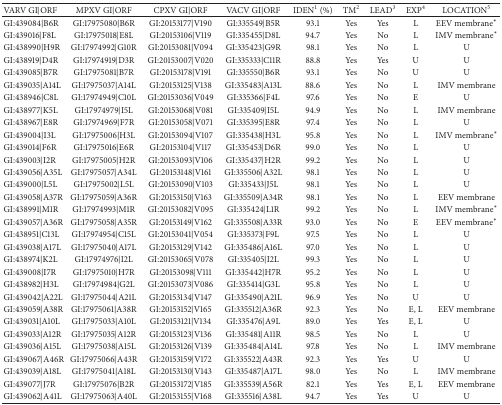
<table><thead><tr><td><b>VARV GI|ORF</b></td><td><b>MPXV GI|ORF</b></td><td><b>CPXV GI|ORF</b></td><td><b>VACV GI|ORF</b></td><td><b>IDEN<sup>1</sup> (%)</b></td><td><b>TM<sup>2</sup></b></td><td><b>LEAD<sup>3</sup></b></td><td><b>EXP<sup>4</sup></b></td><td><b>LOCATION<sup>5</sup></b></td></tr></thead><tbody><tr><td>GI:439084|B6R</td><td>GI:17975080|B6R</td><td>GI:20153177|V190</td><td>GI:335549|B5R</td><td>93.1</td><td>Yes</td><td>Yes</td><td>L</td><td>EEV membrane<sup><i>∗</i></sup></td></tr><tr><td>GI:439016|F8L</td><td>GI:17975018|E8L</td><td>GI:20153106|V119</td><td>GI:335455|D8L</td><td>94.7</td><td>Yes</td><td>No</td><td>L</td><td>IMV membrane<sup><i>∗</i></sup></td></tr><tr><td>GI:438990|H9R</td><td>GI:17974992|G10R</td><td>GI:20153081|V094</td><td>GI:335423|G9R</td><td>98.1</td><td>Yes</td><td>No</td><td>L</td><td>U</td></tr><tr><td>GI:438919|D4R</td><td>GI:17974919|D3R</td><td>GI:20153007|V020</td><td>GI:335333|C11R</td><td>88.8</td><td>Yes</td><td>Yes</td><td>U</td><td>U</td></tr><tr><td>GI:439085|B7R</td><td>GI:17975081|B7R</td><td>GI:20153178|V191</td><td>GI:335550|B6R</td><td>93.1</td><td>Yes</td><td>No</td><td>U</td><td>U</td></tr><tr><td>GI:439035|A14L</td><td>GI:17975037|A14L</td><td>GI:20153125|V138</td><td>GI:335483|A13L</td><td>88.6</td><td>Yes</td><td>No</td><td>L</td><td>IMV membrane</td></tr><tr><td>GI:438946|C8L</td><td>GI:17974949|C10L</td><td>GI:20153036|V049</td><td>GI:335366|F4L</td><td>97.6</td><td>Yes</td><td>No</td><td>E</td><td>U</td></tr><tr><td>GI:438977|K5L</td><td>GI:17974979|I5L</td><td>GI:20153068|V081</td><td>GI:335409|I5L</td><td>94.9</td><td>Yes</td><td>No</td><td>L</td><td>IMV membrane</td></tr><tr><td>GI:438967|E8R</td><td>GI:17974969|F7R</td><td>GI:20153058|V071</td><td>GI:335395|E8R</td><td>97.4</td><td>Yes</td><td>No</td><td>L</td><td>U</td></tr><tr><td>GI:439004|I3L</td><td>GI:17975006|H3L</td><td>GI:20153094|V107</td><td>GI:335438|H3L</td><td>95.8</td><td>Yes</td><td>No</td><td>L</td><td>IMV membrane<sup><i>∗</i></sup></td></tr><tr><td>GI:439014|F6R</td><td>GI:17975016|E6R</td><td>GI:20153104|V117</td><td>GI:335453|D6R</td><td>99.0</td><td>Yes</td><td>No</td><td>L</td><td>U</td></tr><tr><td>GI:439003|I2R</td><td>GI:17975005|H2R</td><td>GI:20153093|V106</td><td>GI:335437|H2R</td><td>99.2</td><td>Yes</td><td>No</td><td>L</td><td>U</td></tr><tr><td>GI:439056|A35L</td><td>GI:17975057|A34L</td><td>GI:20153148|V161</td><td>GI:335506|A32L</td><td>98.1</td><td>Yes</td><td>No</td><td>L</td><td>U</td></tr><tr><td>GI:439000|L5L</td><td>GI:17975002|L5L</td><td>GI:20153090|V103</td><td>GI:335433|J5L</td><td>98.1</td><td>Yes</td><td>No</td><td>L</td><td>U</td></tr><tr><td>GI:439058|A37R</td><td>GI:17975059|A36R</td><td>GI:20153150|V163</td><td>GI:335509|A34R</td><td>98.1</td><td>Yes</td><td>No</td><td>L</td><td>EEV membrane</td></tr><tr><td>GI:438991|M1R</td><td>GI:17974993|M1R</td><td>GI:20153082|V095</td><td>GI:335424|L1R</td><td>99.2</td><td>Yes</td><td>No</td><td>L</td><td>IMV membrane<sup><i>∗</i></sup></td></tr><tr><td>GI:439057|A36R</td><td>GI:17975058|A35R</td><td>GI:20153149|V162</td><td>GI:335508|A33R</td><td>93.0</td><td>Yes</td><td>No</td><td>E</td><td>EEV membrane<sup><i>∗</i></sup></td></tr><tr><td>GI:438951|C13L</td><td>GI:17974954|C15L</td><td>GI:20153041|V054</td><td>GI:335373|F9L</td><td>97.5</td><td>Yes</td><td>No</td><td>L</td><td>U</td></tr><tr><td>GI:439038|A17L</td><td>GI:17975040|A17L</td><td>GI:20153129|V142</td><td>GI:335486|A16L</td><td>97.0</td><td>Yes</td><td>No</td><td>L</td><td>U</td></tr><tr><td>GI:438974|K2L</td><td>GI:17974976|I2L</td><td>GI:20153065|V078</td><td>GI:335405|I2L</td><td>99.3</td><td>Yes</td><td>No</td><td>L</td><td>U</td></tr><tr><td>GI:439008|I7R</td><td>GI:17975010|H7R</td><td>GI:20153098|V111</td><td>GI:335442|H7R</td><td>95.2</td><td>Yes</td><td>No</td><td>L</td><td>U</td></tr><tr><td>GI:438982|H3L</td><td>GI:17974984|G2L</td><td>GI:20153073|V086</td><td>GI:335414|G3L</td><td>95.8</td><td>Yes</td><td>No</td><td>L</td><td>U</td></tr><tr><td>GI:439042|A22L</td><td>GI:17975044|A21L</td><td>GI:20153134|V147</td><td>GI:335490|A21L</td><td>96.9</td><td>Yes</td><td>No</td><td>U</td><td>U</td></tr><tr><td>GI:439059|A38R</td><td>GI:17975061|A38R</td><td>GI:20153152|V165</td><td>GI:335512|A36R</td><td>92.3</td><td>Yes</td><td>No</td><td>E, L</td><td>EEV membrane</td></tr><tr><td>GI:439031|A10L</td><td>GI:17975033|A10L</td><td>GI:20153121|V134</td><td>GI:335476|A9L</td><td>89.0</td><td>Yes</td><td>Yes</td><td>E, L</td><td>U</td></tr><tr><td>GI:439033|A12R</td><td>GI:17975035|A12R</td><td>GI:20153123|V136</td><td>GI:335481|A11R</td><td>98.5</td><td>Yes</td><td>No</td><td>L</td><td>U</td></tr><tr><td>GI:439036|A15L</td><td>GI:17975038|A15L</td><td>GI:20153126|V139</td><td>GI:335484|A14L</td><td>97.8</td><td>Yes</td><td>No</td><td>L</td><td>IMV membrane</td></tr><tr><td>GI:439067|A46R</td><td>GI:17975066|A43R</td><td>GI:20153159|V172</td><td>GI:335522|A43R</td><td>92.3</td><td>Yes</td><td>Yes</td><td>U</td><td>U</td></tr><tr><td>GI:439039|A18L</td><td>GI:17975041|A18L</td><td>GI:20153130|V143</td><td>GI:335487|A17L</td><td>98.0</td><td>Yes</td><td>No</td><td>L</td><td>IMV membrane </td></tr><tr><td>GI:439077|J7R</td><td>GI:17975076|B2R</td><td>GI:20153172|V185</td><td>GI:335539|A56R</td><td>82.1</td><td>Yes</td><td>Yes</td><td>E, L</td><td>EEV membrane </td></tr><tr><td>GI:439062|A41L</td><td>GI:17975063|A40L</td><td>GI:20153155|V168</td><td>GI:335516|A38L</td><td>94.7</td><td>Yes</td><td>Yes</td><td>U</td><td>U</td></tr></tbody></table>